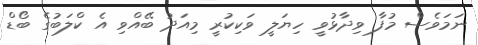
ނަމަވެސް މުފާ ވިދާޅުވީ ހިޔަލީ ވަކިކުރީ މިއަދު ބޭއްވި އެ ކްލަބުގެ ބޯޑް